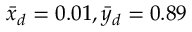
{ \bar { x } _ { d } } = 0 . 0 1 , { \bar { y } _ { d } } = 0 . 8 9